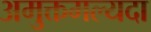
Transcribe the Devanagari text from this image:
अमुक्तमल्यदा